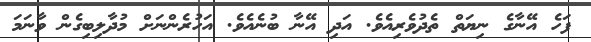
ފަހެ އޭނާގެ ނިޔަތް ތެދުވެރިއެވެ. އަދި އޭނާ ބުނެއެވެ. އަހުރެންނަށް މުދާލިބިގެން ވާނަމަ